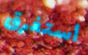
أستغرق